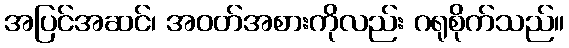
အပြင်အဆင်၊ အဝတ်အစားကိုလည်း ဂရုစိုက်သည်။